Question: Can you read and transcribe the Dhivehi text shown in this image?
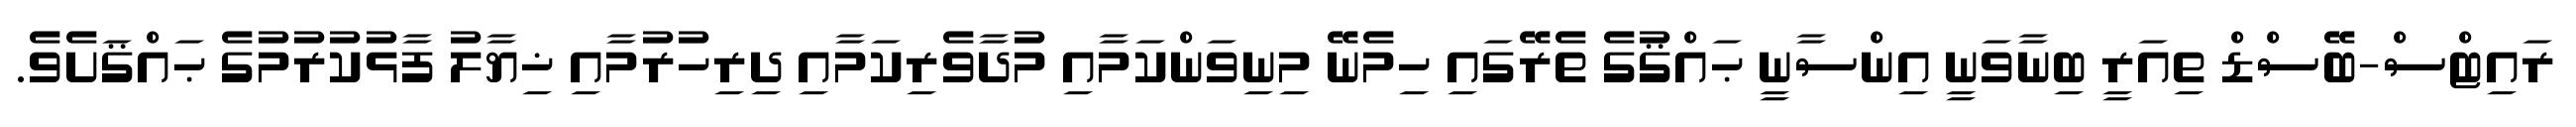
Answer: ރައިޓްސް-ބޭސްޑް ތިއަރީ ބިނާވަނީ އިންސާނީ ޙައްޤުގެ ތެރޭގައި ހިމެނޭ މިނިވަންކަމާއި މުދާވެރިކަމާއި ދިރިހުރުމާއި ޚިޔާލު ފާޅުކުރުމުގެ ޙައްޤަށެވެ.